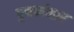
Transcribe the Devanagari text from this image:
पुनर्व्यव्हार